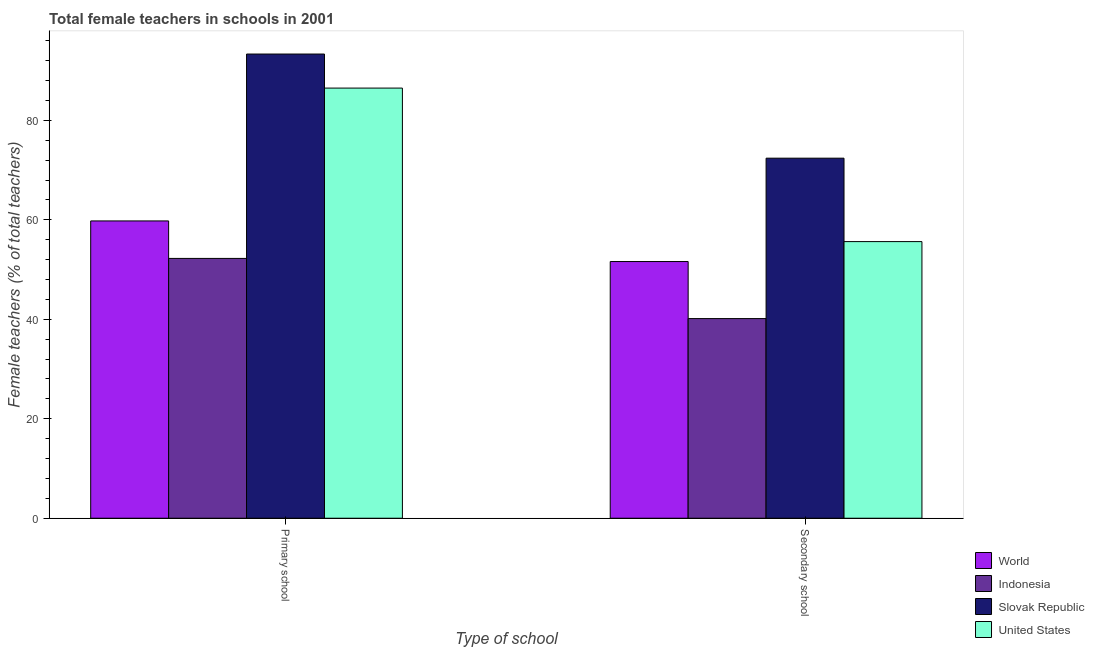
| Type of school | World | Indonesia | Slovak Republic | United States |
 | --- | --- | --- | --- | --- |
 | Primary school | 59.8 | 52.2 | 93.3 | 86.5 |
 | Secondary school | 51.6 | 40.1 | 72.4 | 55.6 |